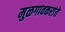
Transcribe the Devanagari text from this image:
मुळगावकरांचे